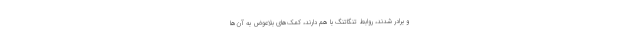
و برادر شدند، روابط تنگاتنگ با هم دارند، کمک‌های بلاعوض به آن‌ها